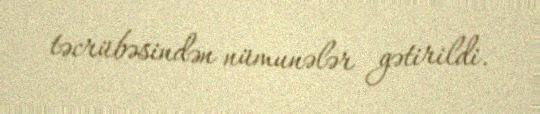
təcrübəsindən nümunələr gətirildi.